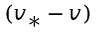
( v _ { * } - v )